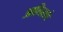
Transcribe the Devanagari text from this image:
आलिसचे